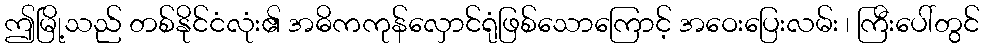
ဤမြို့သည် တစ်နိုင်ငံလုံး၏ အဓိကကုန်လှောင်ရုံဖြစ်သောကြောင့် အဝေးပြေးလမ်း ၊ ကြီးပေါ်တွင်